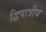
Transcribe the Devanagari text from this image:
द्विपात्रीय